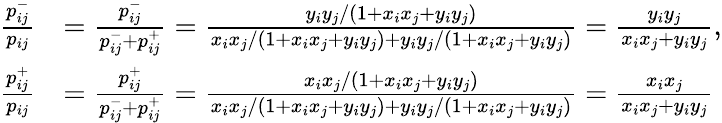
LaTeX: \begin{array}{rl}{\frac{p_{ij}^{-}}{p_{ij}}}&{=\frac{p_{ij}^{-}}{p_{ij}^{-}+p_{ij}^{+}}=\frac{y_{i}y_{j}/(1+x_{i}x_{j}+y_{i}y_{j})}{x_{i}x_{j}/(1+x_{i}x_{j}+y_{i}y_{j})+y_{i}y_{j}/(1+x_{i}x_{j}+y_{i}y_{j})}=\frac{y_{i}y_{j}}{x_{i}x_{j}+y_{i}y_{j}},}\\ {\frac{p_{ij}^{+}}{p_{ij}}}&{=\frac{p_{ij}^{+}}{p_{ij}^{-}+p_{ij}^{+}}=\frac{x_{i}x_{j}/(1+x_{i}x_{j}+y_{i}y_{j})}{x_{i}x_{j}/(1+x_{i}x_{j}+y_{i}y_{j})+y_{i}y_{j}/(1+x_{i}x_{j}+y_{i}y_{j})}=\frac{x_{i}x_{j}}{x_{i}x_{j}+y_{i}y_{j}}}\end{array}